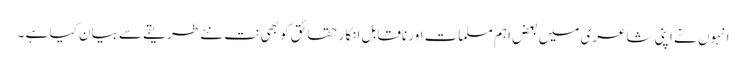
انہوں نے اپنی شاعری میں بعض اہم مسلمات اور ناقابل انکار حقائق کو بھی نت نئے طریقے سے بیان کیا ہے ۔